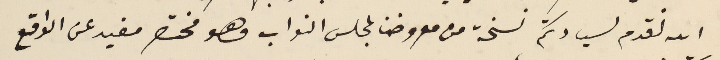
الله نقدم لسيادتكم نسخة من معروضنا لمجلس النواب وهو مختصر مفيد عن الواقع